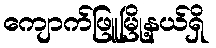
ကျောက်ဖြူမြို့နယ်ရှိ